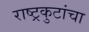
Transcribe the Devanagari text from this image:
राष्ट्रकुटांचा